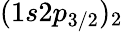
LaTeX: (1s2p_{3/2})_{2}